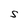
Character: S